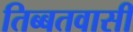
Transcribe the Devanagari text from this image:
तिब्बतवासी